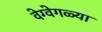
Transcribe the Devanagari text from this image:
वेग्वेगळ्या